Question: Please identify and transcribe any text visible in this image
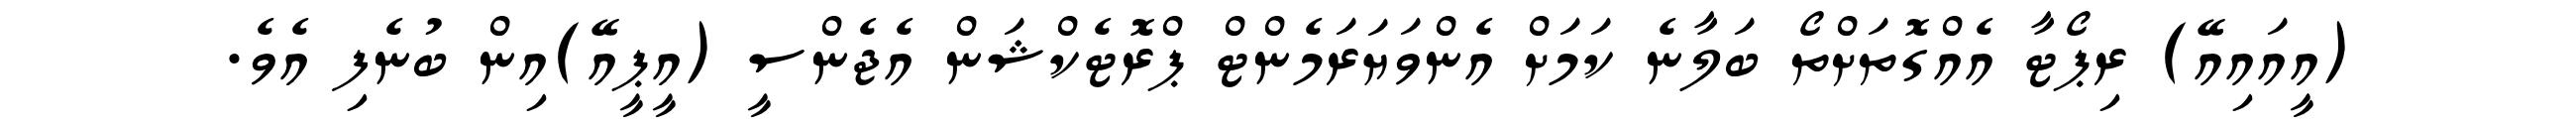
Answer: (އީއައިއޭ) ރިޕޯޓާ އެއްގޮތަށްތޯ ބަލާނެ ކަމަށް އެންވަޔަރަމެންޓް ޕްރޮޓެކްޝަން އެޖެންސީ (އީޕީއޭ)އިން ބުނެފި އެވެ.